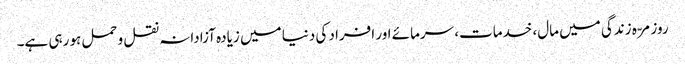
روزمرّہ زندگی میں مال، خدمات، سرمائے اور افراد کی دنیا میں زیادہ آزادانہ نقل و حمل ہو رہی ہے۔